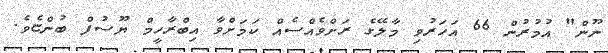
ނޫން" އުމުރުން 66 އަހަރުވި މާލޭގެ ރަށްވެއްސެއް ކަމަށްވާ އިބްރާހީމް ޔޫސުފް ބުންޏެވެ.